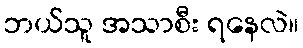
ဘယ်သူ အသာစီး ရနေလဲ။